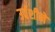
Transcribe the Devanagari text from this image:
उर्वशीने